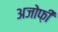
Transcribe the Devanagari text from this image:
अजोफ़ी